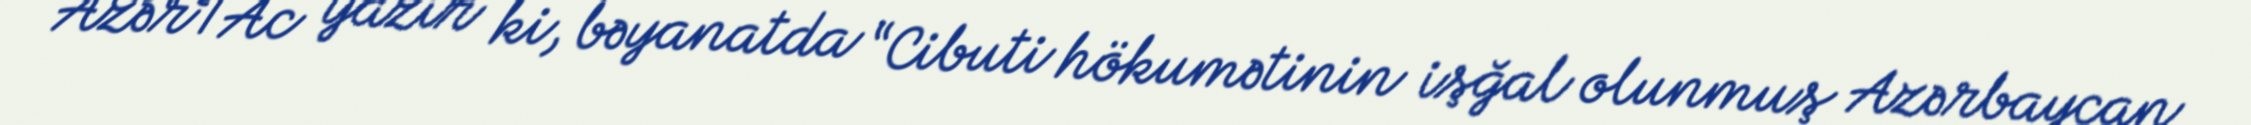
AzərTAc yazır ki, bəyanatda “Cibuti hökumətinin işğal olunmuş Azərbaycan